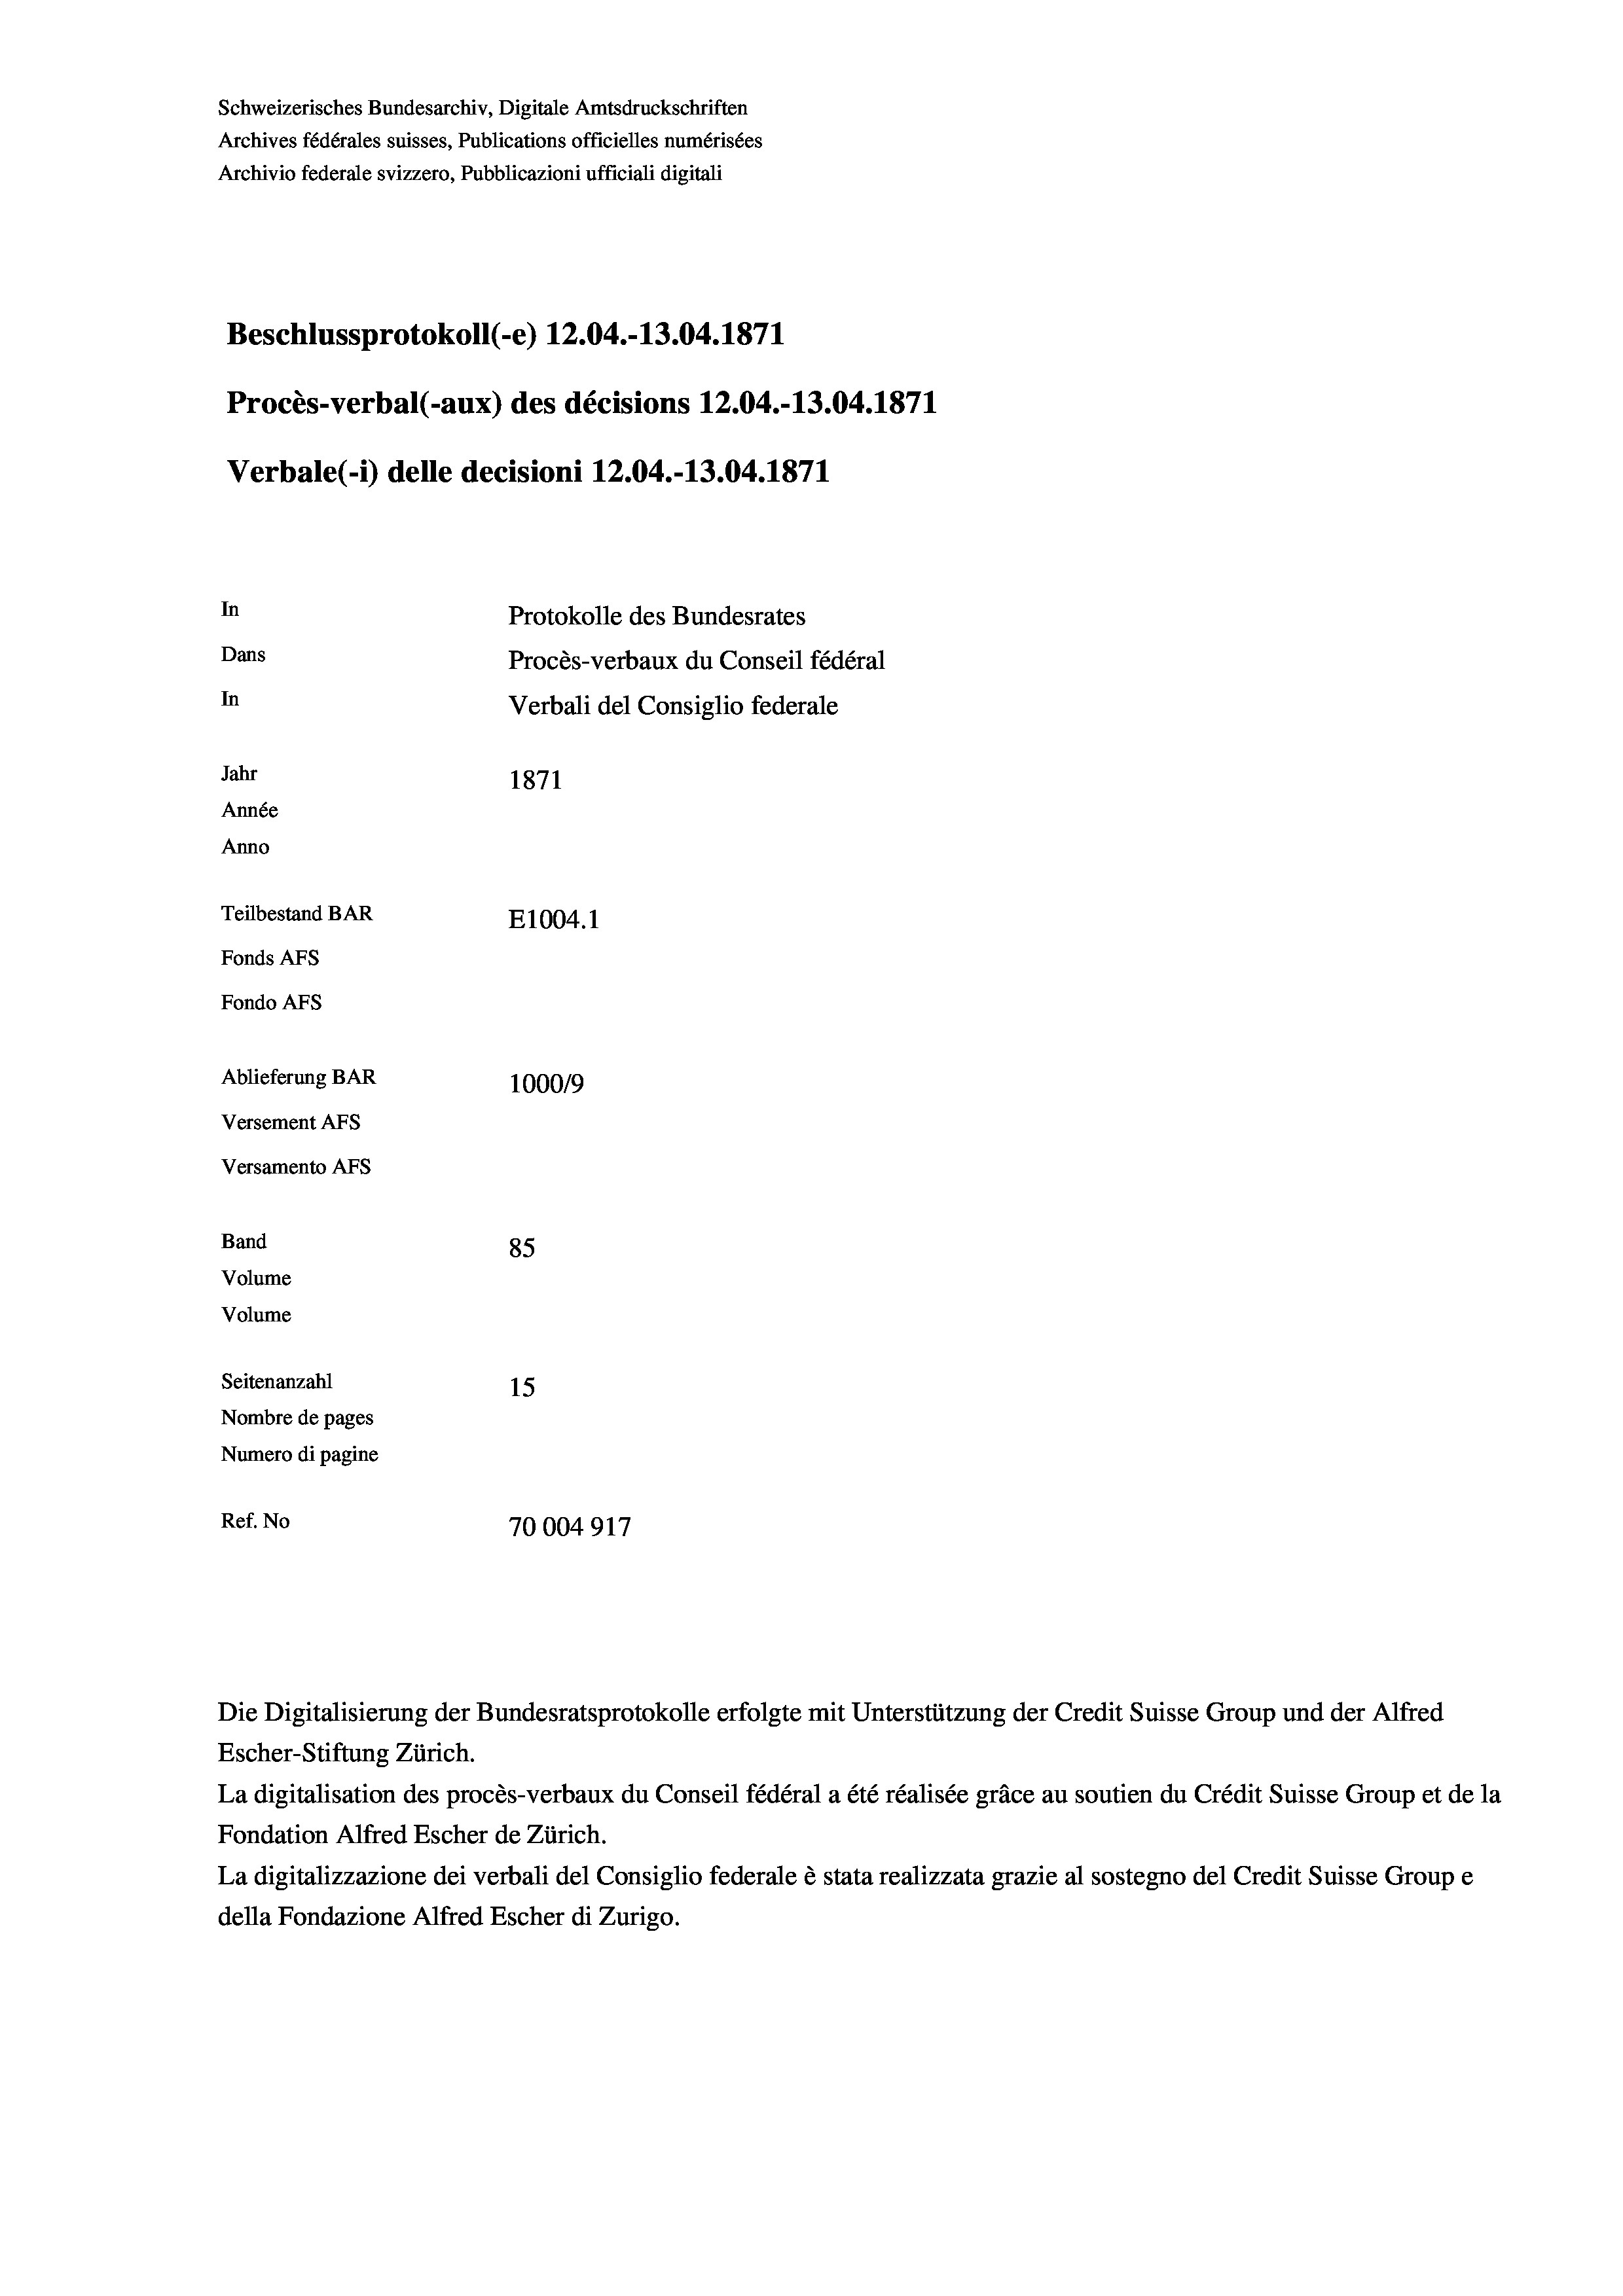
Schweizerisches Bundesarchiv, Digitale Amtsdruckschriften
Archives fédérales suisses, Publications officielles numérisées
Archivio federale svizzero, Pubblicazioni ufficiali digitali
Beschlussprotokoll (-e) 12.04.-13.04. 1871
Procès-verbal (-aux) des décisions 12.04.-13.04. 1871
Verbale(-*) delle decisioni 12.04.-13.04. 1871
In
Protokolle des Bundesrates
Dans
Procès-verbaux du Conseil fédéral
In
Verbali del Consiglio federale
Jahr
1871
Année
Anno
Teilbestand BAR
E1004. 1
Fonds AFs
Fondo AFS
Ablieferung BAR
100019
Versement AFs
Versamento AFs
Band
85
Volume
Volume
Seitenanzahl
15
Nombre de pages
Numero di pagine
Ref. No
70004917

La digitalisation des procès-verbaux du Conseil fédéral a été réalisée gräce au soutien du Crédit Suisse Group et de la
Fondation Alfred Escher de Zürich.
La digitalizzazione dei verbali del Consiglio federale è stata realizzata grazie al sostegno del Credit Suisse Groupe
della Fondazione Alfred Escher di Zurigo.

Die Digitalisierung der Bundesratsprotokolle erfolgte mit Unterstützung der Credit Suisse Group und der Alfred
Escher-Stiftung Zürich.